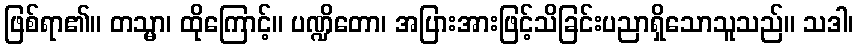
ဖြစ်ရာ၏။ တသ္မာ၊ ထိုကြောင့်။ ပဏ္ဍိတော၊ အပြားအားဖြင့်သိခြင်းပညာရှိသောသူသည်။ သဒါ၊